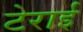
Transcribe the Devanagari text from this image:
टेराई